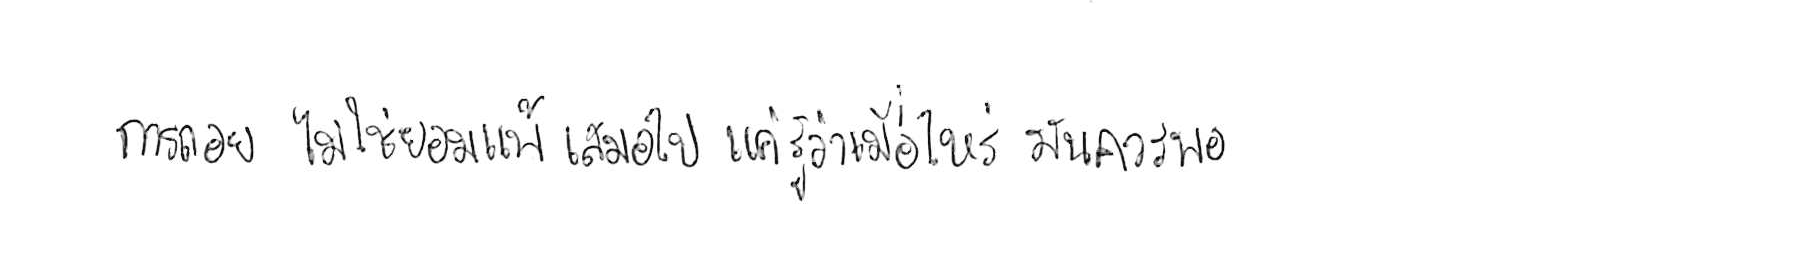
การถอย ไม่ใช่ยอมแพ้ เสมอไป แค่รู้ว่าเมื่อไหร่ มันควรพอ